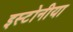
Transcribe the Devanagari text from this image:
इस्टोनीया